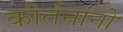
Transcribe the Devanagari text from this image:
कीर्तनांनी